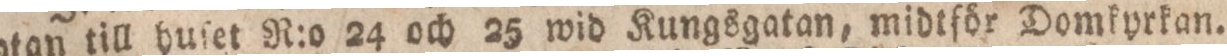
gatan till huſet R:o 24 och 25 wid Kungsgatan, midtför Domfyrkan.